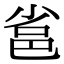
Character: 𨚒